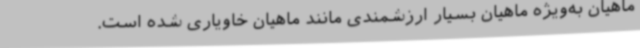
ماهیان به‌ویژه ماهیان بسیار ارزشمندی مانند ماهیان خاویاری شده است.